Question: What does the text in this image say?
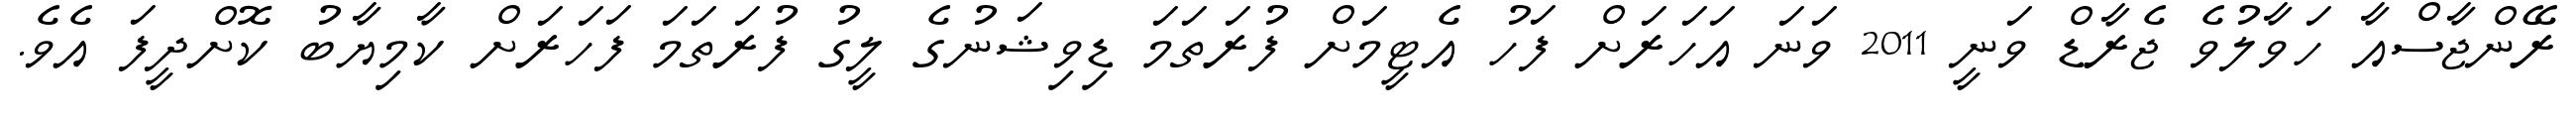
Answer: ރޭންޖާސްއާ ހަވާލުވެ ޖެރާޑް ވަނީ 2011 ވަނަ އަހަރަށް ފަހު އެޓީމަށް ފުރަތަމަ ޑިވިޝަނުގެ ލީގު ފުރަތަމަ ފަހަރަށް ކާމިޔާބު ކޮށްދީފަ އެވެ.